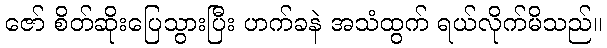
ဇော် စိတ်ဆိုးပြေသွားပြီး ဟက်ခနဲ အသံထွက် ရယ်လိုက်မိသည်။